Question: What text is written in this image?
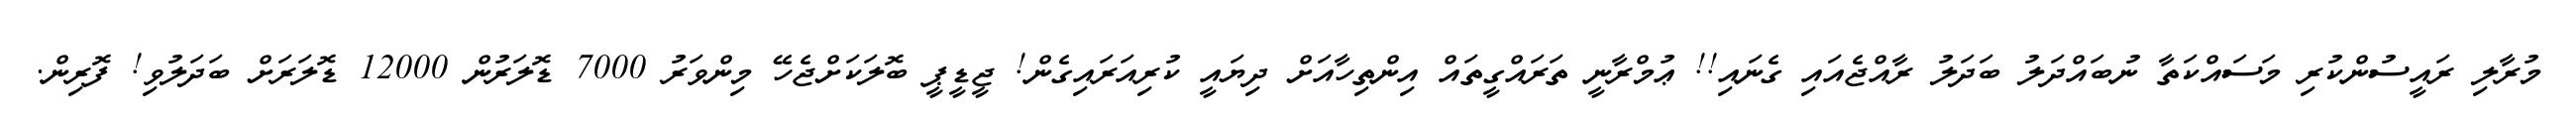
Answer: މުރާލި ރައީސުންކުރި މަސައްކަތާ ނުބައްދަލު ބަދަލު ރާއްޖެއައި ގެނައި!! ޢުމްރާނީ ތަރައްގީތައް އިންތިހާއަށް ދިޔައީ ކުރިއަރައިގެން! ޖީޑީޕީ ބޮލަކަށްޖެހޭ މިންވަރު 7000 ޑޮލަރުން 12000 ޑޮލަރަށް ބަދަލުވި! ފޮރިން.